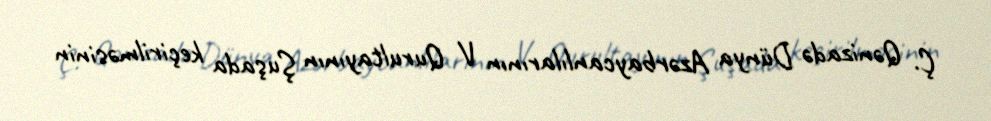
Ç. Qənizadə Dünya Azərbaycanlılarının V Qurultayının Şuşada keçirilməsinin